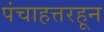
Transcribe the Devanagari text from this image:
पंचाहत्तरहून